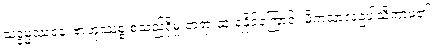
သဒ္ဓမ္မဿဝန၊ ဗာဟုဿစ္စ စသည်ရှိမှု တရားထူးရနိုင်ကြောင်း မိကသာလဥပါသိကာမ၏